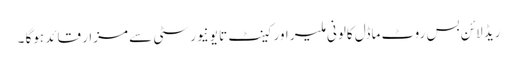
ریڈ لائن بس روٹ ماڈل کالونی ملیر اور کینٹ تا یونیورسٹی سے مزار قائد ہوگا ۔